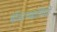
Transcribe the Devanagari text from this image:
बॉस्टनवासियों